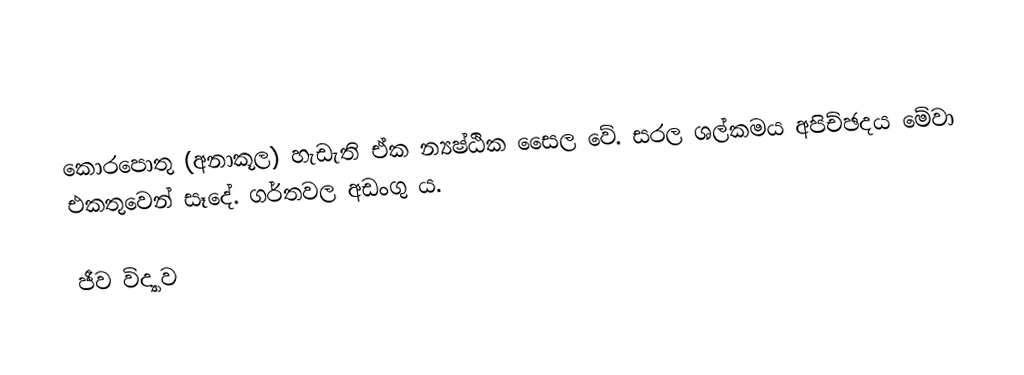
කොරපොතු (අනාකූල) හැඩැති ඒක න්‍යෂ්ඨික සෛල වේ. සරල ශල්කමය අපිච්ඡදය මේවා එකතුවෙන් සෑදේ. ගර්තවල අඩංගු ය.

ජීව විද්‍යාව